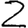
Digit: 2